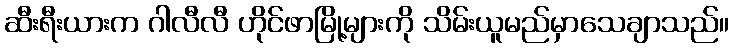
ဆီးရီးယားက ဂါလီလီ ဟိုင်ဖာမြို့များကို သိမ်းယူမည်မှာသေချာသည်။